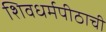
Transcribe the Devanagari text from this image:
शिवधर्मपीठाची